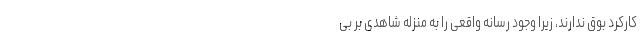
کارکرد بوق ندارند، زیرا وجود رسانه واقعی را به منزله شاهدی بر بی‌